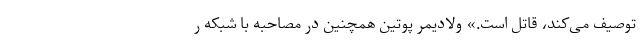
توصیف می‌کند، قاتل است.» ولادیمر پوتین همچنین در مصاحبه با شبکه ر